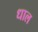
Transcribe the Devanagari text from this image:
धाल